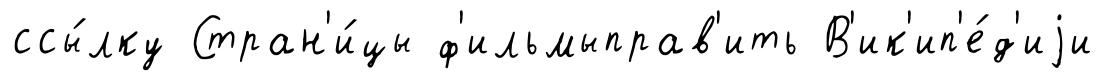
ссы́лку Стран'и́цы ф'ильмыправ'ить В'ик'ип'е́д'иjи